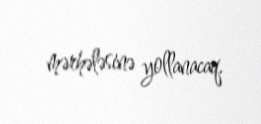
mərhələsinə yollanacaq.